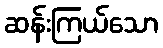
ဆန်းကြယ်သော